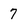
Character: 7